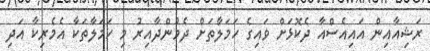
ރަޝިއާއިން އައިއެސްއާ ދެކޮޅަށް ވައިގެ ހަމަލާތަށް ދެމުންދާއިރު މި ހަމަލާތަކާ އެމެރިކާ އަދި